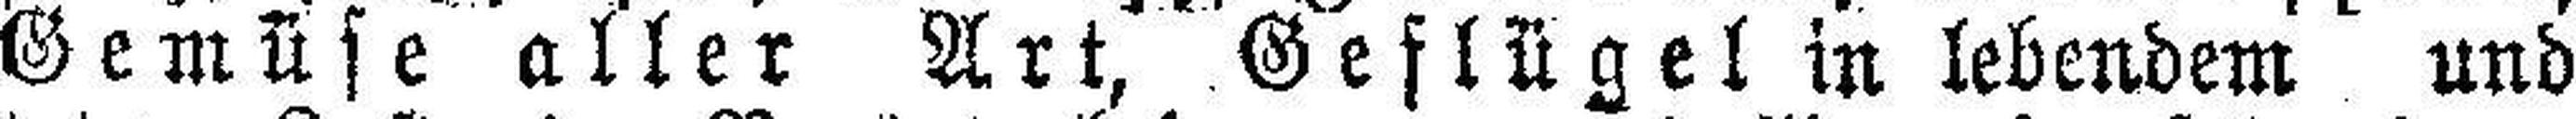
Gemüse aller Art, Geflügel in lebendem und